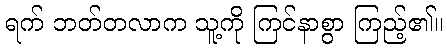
ရက် ဘတ်တလာက သူ့ကို ကြင်နာစွာ ကြည့်၏။